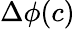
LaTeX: \Delta\phi(c)